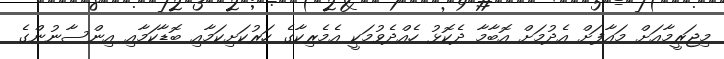
މިޖަރީމާއަށް މައާފަށް އެދުމަށް އޮބާމާ ދެކޮޅު ހެއްދެވުމަކީ އެމެރިކާގެ ހަރުކަށިކަމާއި ބޮޑާކަމާއި އިންސާނުންގެ